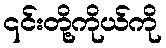
၎င်းတို့ကိုယ်ကို